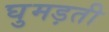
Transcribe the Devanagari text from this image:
घुमड़ती